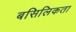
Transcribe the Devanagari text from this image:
बसिलिकता